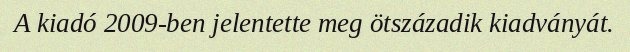
A kiadó 2009-ben jelentette meg ötszázadik kiadványát.